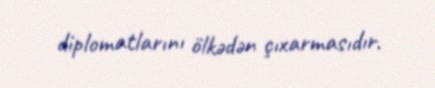
diplomatlarını ölkədən çıxarmasıdır.